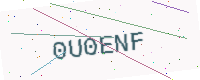
Text: 0U0ENF